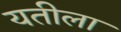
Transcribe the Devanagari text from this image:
यतीला